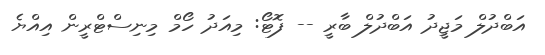
އަބްދުލް މަޖީދު އަބްދުލް ބާރީ -- ފޮޓޯ: މިއަދު ހޯމް މިނިސްޓްރީން އިއްޔެ